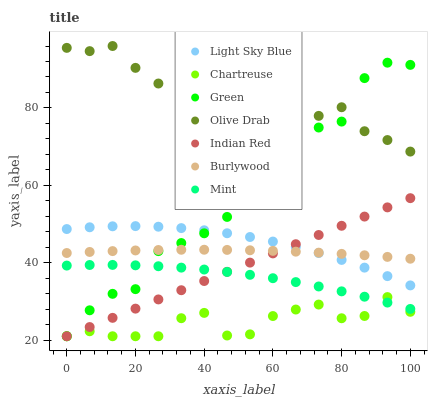
| xaxis_label | Light Sky Blue | Chartreuse | Green | Olive Drab | Indian Red | Burlywood | Mint |
 | --- | --- | --- | --- | --- | --- | --- | --- |
 | 0 | 48.7 | 21 | 21 | 95.5 | 21 | 42.5 | 39.3 |
 | 6.67 | 49.2 | 22.3 | 27.7 | 94.7 | 23.4 | 42.8 | 39.4 |
 | 13.3 | 49.4 | 21 | 32 | 96 | 25.8 | 43 | 39.4 |
 | 20 | 49.5 | 21 | 33.2 | 90.4 | 28.1 | 43.2 | 39.3 |
 | 26.7 | 49.3 | 21 | 43 | 86.3 | 30.5 | 43.3 | 39.1 |
 | 33.3 | 48.9 | 25.7 | 45.1 | 91.5 | 32.9 | 43.3 | 38.7 |
 | 40 | 48.4 | 27 | 47.6 | 89 | 35.3 | 43.4 | 38.2 |
 | 46.7 | 47.6 | 21.2 | 51.8 | 85.6 | 37.7 | 43.3 | 37.6 |
 | 53.3 | 46.6 | 21.5 | 59 | 80.1 | 40 | 43.2 | 36.9 |
 | 60 | 45.5 | 26.2 | 67.5 | 79.6 | 42.4 | 43.1 | 36 |
 | 66.7 | 44.1 | 27.9 | 70.8 | 82.2 | 44.8 | 42.9 | 35 |
 | 73.3 | 42.5 | 29.2 | 74.9 | 77.9 | 47.2 | 42.6 | 33.9 |
 | 80 | 40.7 | 25.7 | 76.5 | 80.2 | 49.5 | 42.3 | 32.6 |
 | 86.7 | 38.7 | 26.2 | 87.7 | 74 | 51.9 | 41.9 | 31.2 |
 | 93.3 | 36.5 | 31.1 | 91.7 | 71.7 | 54.3 | 41.5 | 29.7 |
 | 100 | 34.1 | 27.3 | 91.1 | 68.7 | 56.7 | 41 | 28.1 |